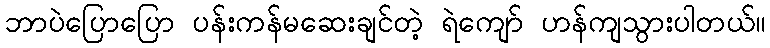
ဘာပဲပြောပြော ပန်းကန်မဆေးချင်တဲ့ ရဲကျော် ဟန်ကျသွားပါတယ်။